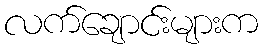
လက်ချောင်းများက